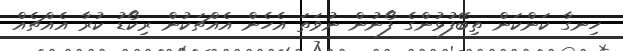
ހިނގާ ކަންކަން ތިބޭފުޅުންގެ ފޯނުން ނުވަތަ އެހެން އެއްޗަކުން ރިކޯޑު ކުރާ އެއްޗެއް